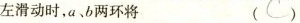
左滑动时，a、b两环将 ( )